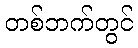
တစ်ဘက်တွင်